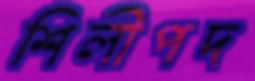
শিলীপদ